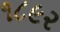
૧૮૯૨